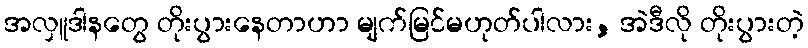
အလှူဒါနတွေ တိုးပွားနေတာဟာ မျက်မြင်မဟုတ်ပါလား, အဲဒီလို တိုးပွားတဲ့